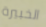
الخبيرة